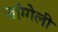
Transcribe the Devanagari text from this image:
जॉग्गेली